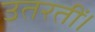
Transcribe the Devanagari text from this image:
उतरतीं।